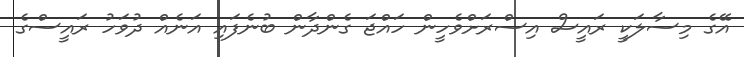
އޭގެ މިސާލަކީ ރައީސް އިސްރަށްވެހީން ހައްޖަ ގެންދާން ބުނެފައި އަނެއް ދުވަހު ރައީސްގެ